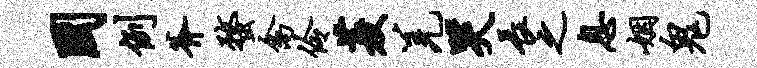
国例斧蝥禽伶菱羌哭长之息姻鬼